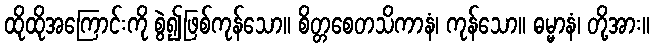
ထိုထိုအကြောင်းကို စွဲ၍ဖြစ်ကုန်သော။ စိတ္တစေတသိကာနံ၊ ကုန်သော။ ဓမ္မာနံ၊ တို့အား။